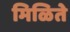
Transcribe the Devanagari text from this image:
मिळिते